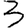
Digit: 3